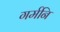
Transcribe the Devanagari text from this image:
गर्मनि